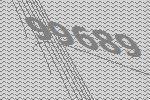
99689